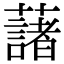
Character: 藷